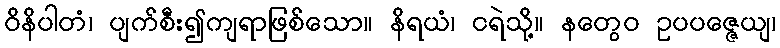
ဝိနိပါတံ၊ ပျက်စီး၍ကျရာဖြစ်သော။ နိရယံ၊ ငရဲသို့။ နတွေဝ ဥပပဇ္ဇေယျ၊